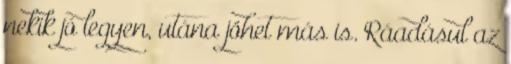
nekik jó legyen, utána jöhet más is. Ráadásul az